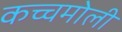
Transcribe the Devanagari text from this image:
कच्चमोली